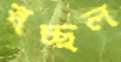
স্বচ্ছল